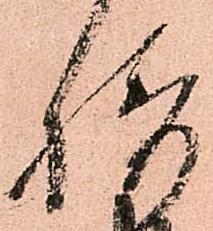
摂